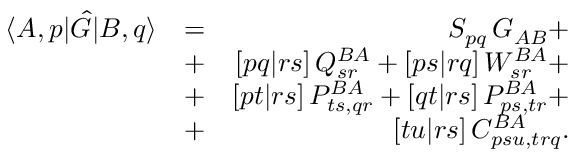
\begin{array} { r l r } { \langle A , p | \hat { G } | B , q \rangle } & { = } & { S _ { p q } \, G _ { A B } + } \\ & { + } & { [ p q | r s ] \, Q _ { s r } ^ { B A } + [ p s | r q ] \, W _ { s r } ^ { B A } + } \\ & { + } & { [ p t | r s ] \, P _ { t s , q r } ^ { B A } + [ q t | r s ] \, P _ { p s , t r } ^ { B A } + } \\ & { + } & { [ t u | r s ] \, C _ { p s u , t r q } ^ { B A } . } \end{array}